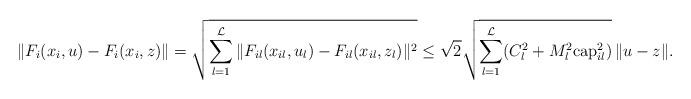
LaTeX: \begin{align*}\|F_i(x_i, u) - F_i(x_i,z)\| & = \sqrt{\sum_{l=1}^\mathcal{L} \|F_{il}(x_{il},u_l)-F_{il}(x_{il},z_l)\|^2 } \leq \sqrt{2}\sqrt{\sum_{l=1}^\mathcal{L}(C_l^2+M_l^2 {\rm cap}_{il}^2)}\,\|u - z\|.\end{align*}